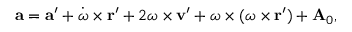
\mathbf { a } = \mathbf { a } ^ { \prime } + { \dot { \boldsymbol { \omega } } } \times \mathbf { r } ^ { \prime } + 2 { \boldsymbol { \omega } } \times \mathbf { v } ^ { \prime } + { \boldsymbol { \omega } } \times ( { \boldsymbol { \omega } } \times \mathbf { r } ^ { \prime } ) + \mathbf { A } _ { 0 } ,